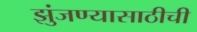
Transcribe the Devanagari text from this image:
झुंजण्यासाठीची